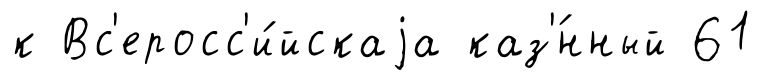
к Вс'еросс'и́йскаjа каз'́нный 61